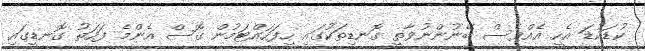
ކުޑަކުޑަ އެހީ އެއްވެސް ބޭނުންނުވާތީ ގޮނޑިތަކުގައި ހިފަހައްޓަމުން ގޮސް އެންމެ ފަހަތު ގޮނޑީގައި